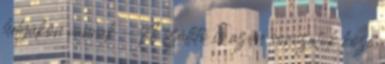
helyükön vannak – A szállító is azon sorozatok közé